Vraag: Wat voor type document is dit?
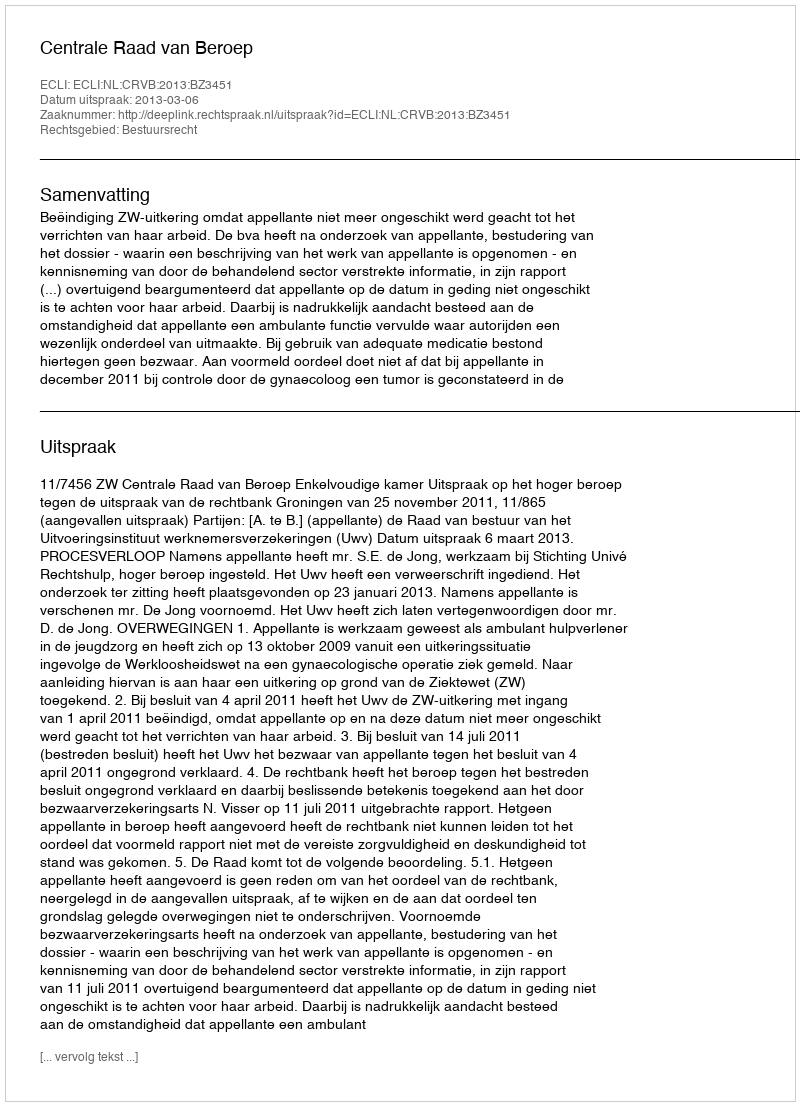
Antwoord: Uitspraak